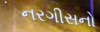
નરગીસનો